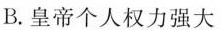
B. 皇帝个人权力强大